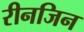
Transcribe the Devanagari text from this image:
रीनजिन